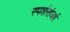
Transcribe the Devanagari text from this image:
स्पर्शसंघर्ष